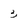
Character: 3